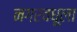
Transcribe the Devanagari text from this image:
नगरवधूला